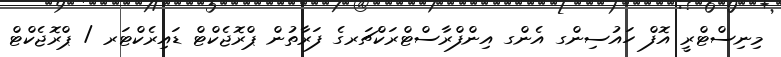
މިނިސްޓްރީ އޮފް ހައުސިންގ އެންގ އިންފްރާސްޓްރަކްޗަރގެ ފަރާތުން ޕްރޮޖެކްޓް ޑައިރެކްޓަރ / ޕްރޮޖެކްޓް